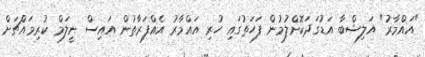
"އައްމާރު" އަލިޝްބާ އަޑުގަދަކޮށްލުމުން ފަހަތުގައި ހުރި އައްމާރު އެއްފަރާތުން އައިސް ނީލަމް ކުރިމައްޗަށް